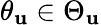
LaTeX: \theta_{\mathbf{u}}\in\Theta_{\mathbf{u}}